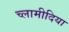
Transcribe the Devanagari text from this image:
च्‍लामीदिया